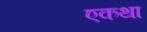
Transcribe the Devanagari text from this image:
एकथा